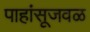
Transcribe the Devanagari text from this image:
पाहांसूजवळ